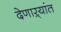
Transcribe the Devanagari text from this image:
देणाऱ्यांत